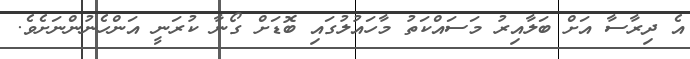
އެ ދިރާސާ އަށް ބަލާއިރު މަސައްކަތު މާހައުލުގައި ބޮޑަށް ގޯނާ ކުރަނީ އަންހެނުންނަށެވެ.